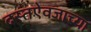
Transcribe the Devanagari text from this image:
दस्तऐवजाच्या